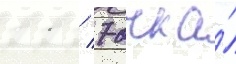
11 / 7 очка́